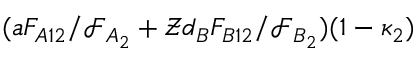
( a F _ { A 1 2 } / \mathcal { F } _ { A _ { 2 } } + \mathcal { Z } d _ { B } F _ { B 1 2 } / \mathcal { F } _ { B _ { 2 } } ) ( 1 - \kappa _ { 2 } )